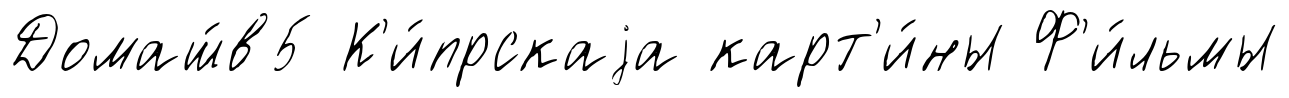
Домаш́в5 К'и́прскаjа карт'и́ны Ф'и́льмы